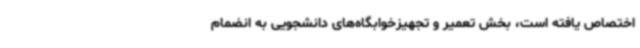
اختصاص یافته است، بخش تعمیر و تجهیزخوابگاه‌های دانشجویی به انضمام